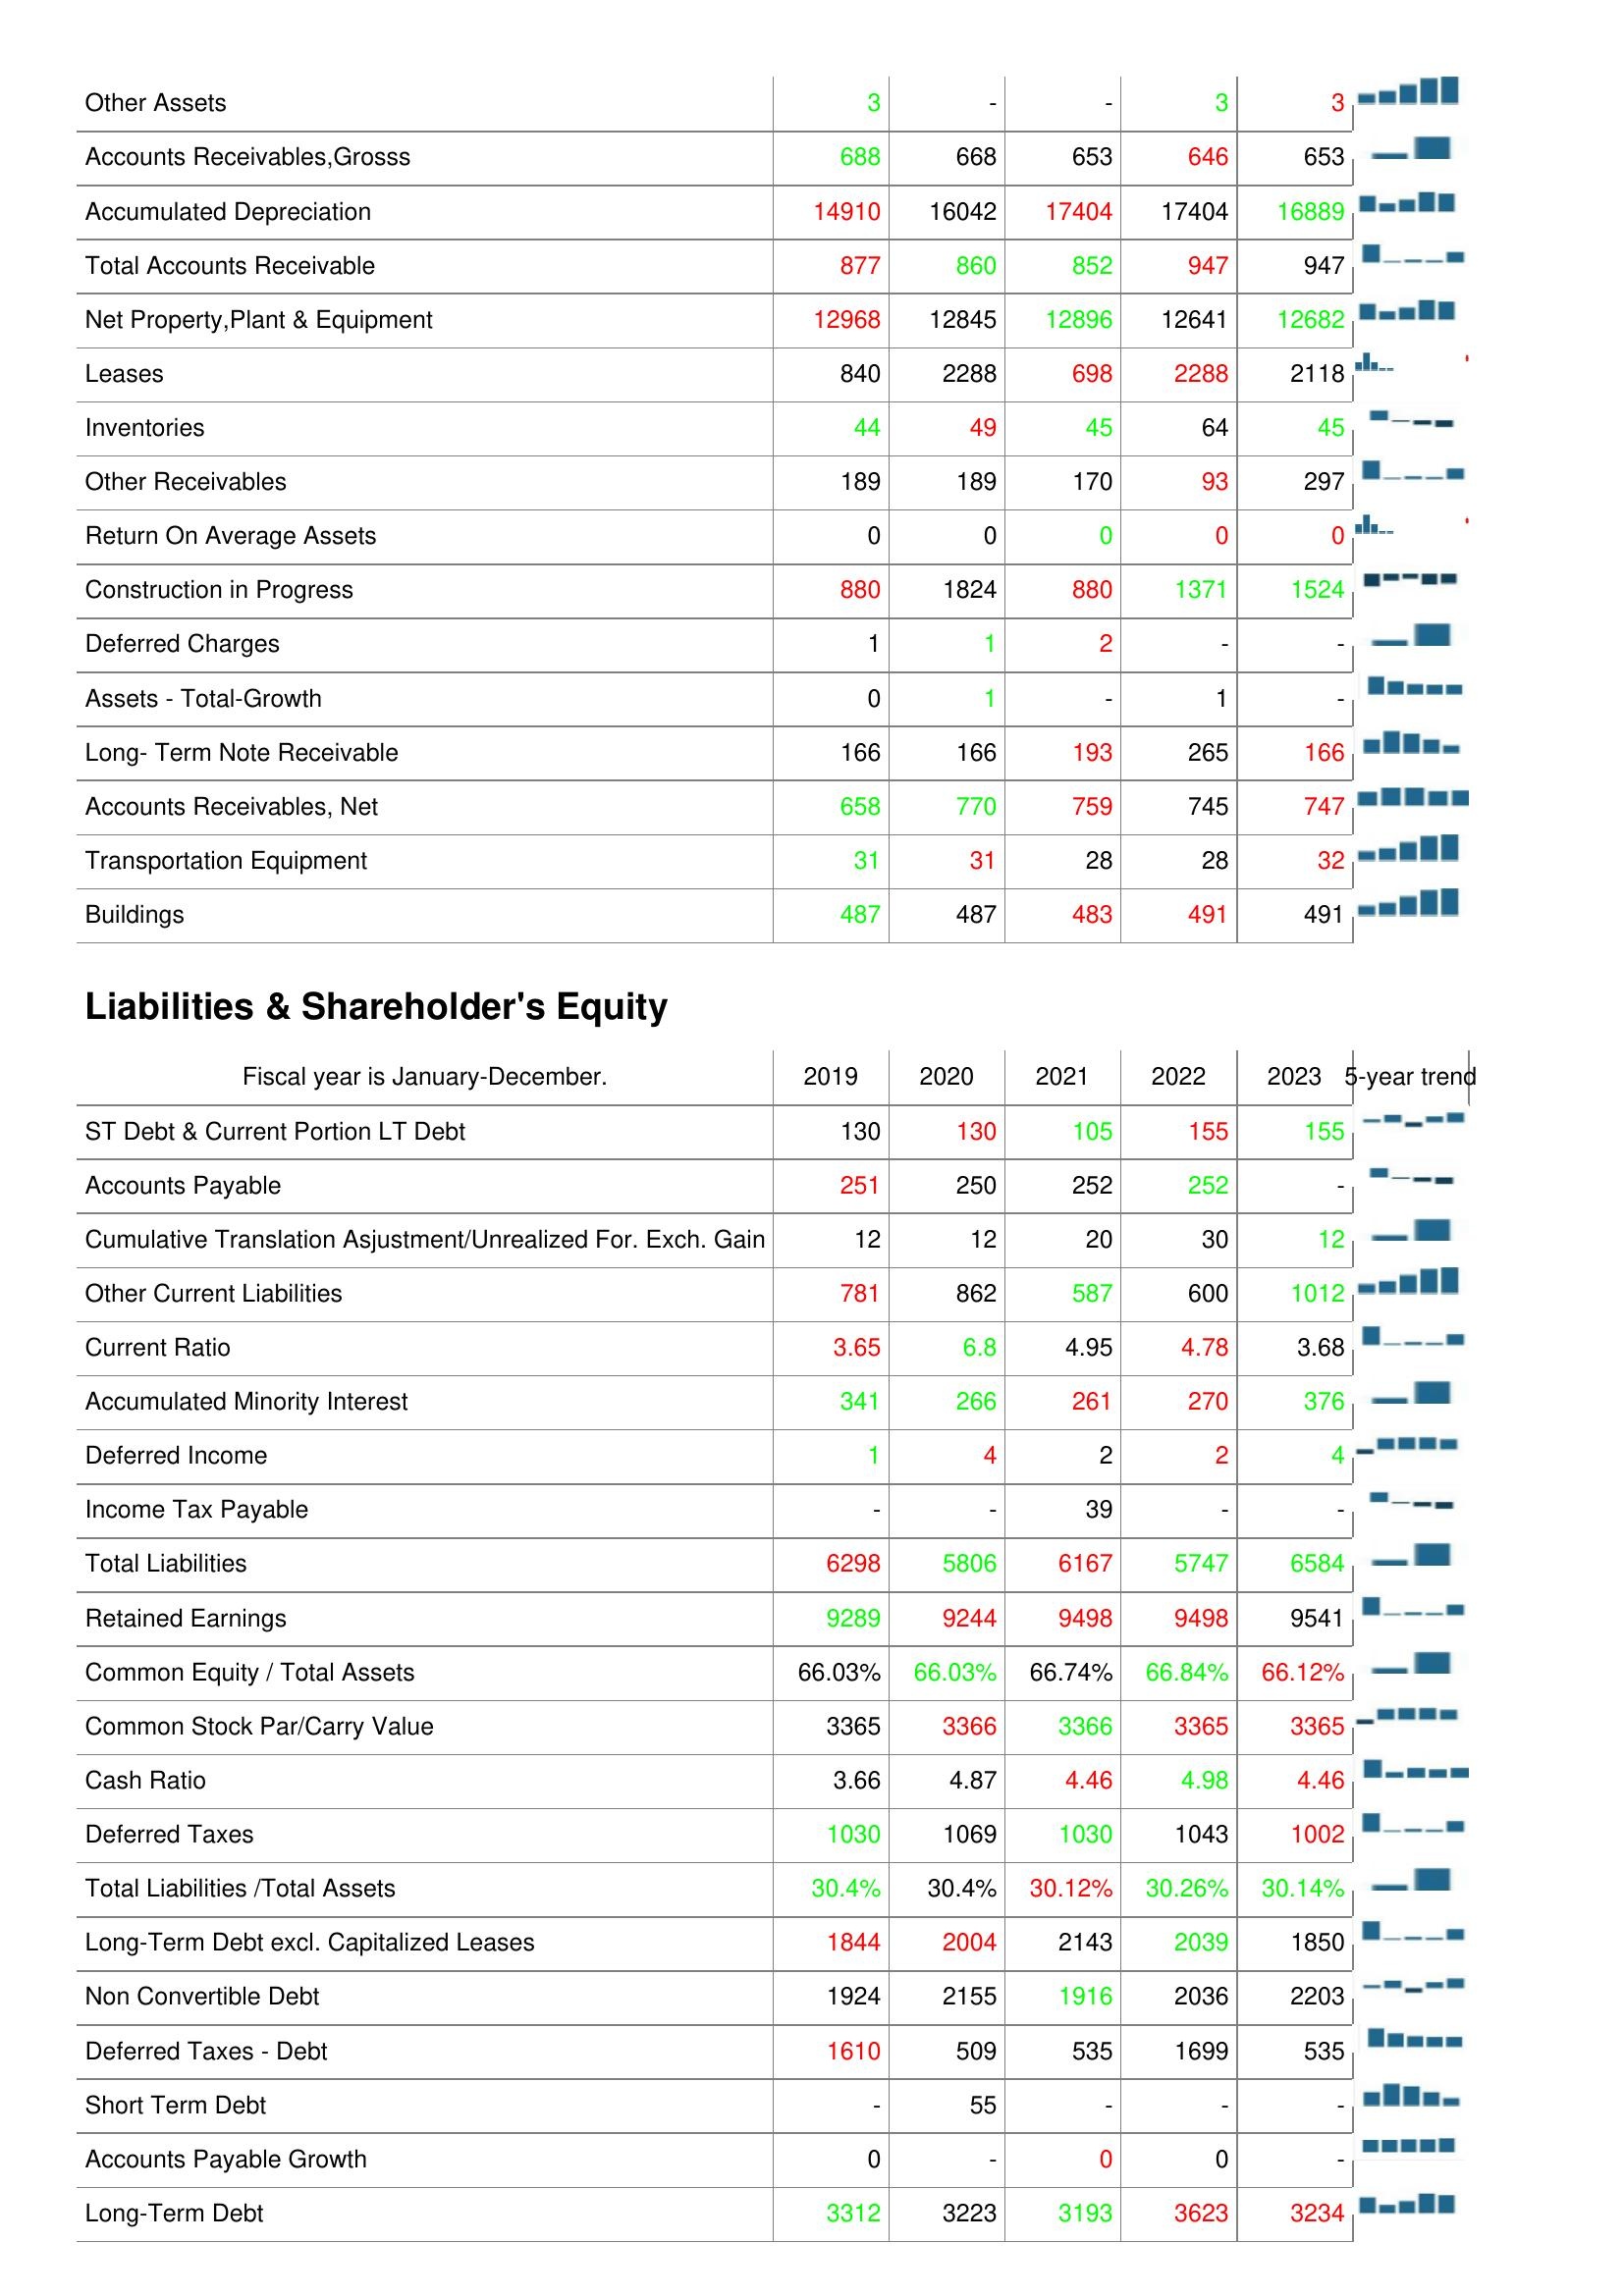
2019: Assets: Other Assets: 3
Accounts Receivables,Grosss: 688
Accumulated Depreciation: 14910
Total Accounts Receivable: 877
Net Property,Plant & Equipment: 12968
Leases: 840
Inventories: 44
Other Receivables: 189
Return On Average Assets: 0
Construction in Progress: 880
Deferred Charges: 1
Assets - Total-Growth: 0
Long- Term Note Receivable: 166
Accounts Receivables, Net: 658
Transportation Equipment: 31
Buildings: 487
Liabilities & Shareholder's Equity: ST Debt & Current Portion LT Debt: 130
Accounts Payable: 251
Cumulative Translation Asjustment/Unrealized For. Exch. Gain: 12
Other Current Liabilities: 781
Current Ratio: 3.65
Accumulated Minority Interest: 341
Deferred Income: 1
Income Tax Payable: -
Total Liabilities: 6298
Retained Earnings: 9289
Common Equity / Total Assets: 66.03%
Common Stock Par/Carry Value: 3365
Cash Ratio: 3.66
Deferred Taxes: 1030
Total Liabilities /Total Assets: 30.4%
Long-Term Debt excl. Capitalized Leases: 1844
Non Convertible Debt: 1924
Deferred Taxes - Debt: 1610
Short Term Debt: -
Accounts Payable Growth: 0
Long-Term Debt: 3312
2020: Assets: Other Assets: -
Accounts Receivables,Grosss: 668
Accumulated Depreciation: 16042
Total Accounts Receivable: 860
Net Property,Plant & Equipment: 12845
Leases: 2288
Inventories: 49
Other Receivables: 189
Return On Average Assets: 0
Construction in Progress: 1824
Deferred Charges: 1
Assets - Total-Growth: 1
Long- Term Note Receivable: 166
Accounts Receivables, Net: 770
Transportation Equipment: 31
Buildings: 487
Liabilities & Shareholder's Equity: ST Debt & Current Portion LT Debt: 130
Accounts Payable: 250
Cumulative Translation Asjustment/Unrealized For. Exch. Gain: 12
Other Current Liabilities: 862
Current Ratio: 6.8
Accumulated Minority Interest: 266
Deferred Income: 4
Income Tax Payable: -
Total Liabilities: 5806
Retained Earnings: 9244
Common Equity / Total Assets: 66.03%
Common Stock Par/Carry Value: 3366
Cash Ratio: 4.87
Deferred Taxes: 1069
Total Liabilities /Total Assets: 30.4%
Long-Term Debt excl. Capitalized Leases: 2004
Non Convertible Debt: 2155
Deferred Taxes - Debt: 509
Short Term Debt: 55
Accounts Payable Growth: -
Long-Term Debt: 3223
2021: Assets: Other Assets: -
Accounts Receivables,Grosss: 653
Accumulated Depreciation: 17404
Total Accounts Receivable: 852
Net Property,Plant & Equipment: 12896
Leases: 698
Inventories: 45
Other Receivables: 170
Return On Average Assets: 0
Construction in Progress: 880
Deferred Charges: 2
Assets - Total-Growth: -
Long- Term Note Receivable: 193
Accounts Receivables, Net: 759
Transportation Equipment: 28
Buildings: 483
Liabilities & Shareholder's Equity: ST Debt & Current Portion LT Debt: 105
Accounts Payable: 252
Cumulative Translation Asjustment/Unrealized For. Exch. Gain: 20
Other Current Liabilities: 587
Current Ratio: 4.95
Accumulated Minority Interest: 261
Deferred Income: 2
Income Tax Payable: 39
Total Liabilities: 6167
Retained Earnings: 9498
Common Equity / Total Assets: 66.74%
Common Stock Par/Carry Value: 3366
Cash Ratio: 4.46
Deferred Taxes: 1030
Total Liabilities /Total Assets: 30.12%
Long-Term Debt excl. Capitalized Leases: 2143
Non Convertible Debt: 1916
Deferred Taxes - Debt: 535
Short Term Debt: -
Accounts Payable Growth: 0
Long-Term Debt: 3193
2022: Assets: Other Assets: 3
Accounts Receivables,Grosss: 646
Accumulated Depreciation: 17404
Total Accounts Receivable: 947
Net Property,Plant & Equipment: 12641
Leases: 2288
Inventories: 64
Other Receivables: 93
Return On Average Assets: 0
Construction in Progress: 1371
Deferred Charges: -
Assets - Total-Growth: 1
Long- Term Note Receivable: 265
Accounts Receivables, Net: 745
Transportation Equipment: 28
Buildings: 491
Liabilities & Shareholder's Equity: ST Debt & Current Portion LT Debt: 155
Accounts Payable: 252
Cumulative Translation Asjustment/Unrealized For. Exch. Gain: 30
Other Current Liabilities: 600
Current Ratio: 4.78
Accumulated Minority Interest: 270
Deferred Income: 2
Income Tax Payable: -
Total Liabilities: 5747
Retained Earnings: 9498
Common Equity / Total Assets: 66.84%
Common Stock Par/Carry Value: 3365
Cash Ratio: 4.98
Deferred Taxes: 1043
Total Liabilities /Total Assets: 30.26%
Long-Term Debt excl. Capitalized Leases: 2039
Non Convertible Debt: 2036
Deferred Taxes - Debt: 1699
Short Term Debt: -
Accounts Payable Growth: 0
Long-Term Debt: 3623
2023: Assets: Other Assets: 3
Accounts Receivables,Grosss: 653
Accumulated Depreciation: 16889
Total Accounts Receivable: 947
Net Property,Plant & Equipment: 12682
Leases: 2118
Inventories: 45
Other Receivables: 297
Return On Average Assets: 0
Construction in Progress: 1524
Deferred Charges: -
Assets - Total-Growth: -
Long- Term Note Receivable: 166
Accounts Receivables, Net: 747
Transportation Equipment: 32
Buildings: 491
Liabilities & Shareholder's Equity: ST Debt & Current Portion LT Debt: 155
Accounts Payable: -
Cumulative Translation Asjustment/Unrealized For. Exch. Gain: 12
Other Current Liabilities: 1012
Current Ratio: 3.68
Accumulated Minority Interest: 376
Deferred Income: 4
Income Tax Payable: -
Total Liabilities: 6584
Retained Earnings: 9541
Common Equity / Total Assets: 66.12%
Common Stock Par/Carry Value: 3365
Cash Ratio: 4.46
Deferred Taxes: 1002
Total Liabilities /Total Assets: 30.14%
Long-Term Debt excl. Capitalized Leases: 1850
Non Convertible Debt: 2203
Deferred Taxes - Debt: 535
Short Term Debt: -
Accounts Payable Growth: -
Long-Term Debt: 3234